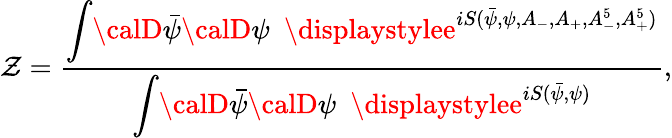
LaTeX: \mathcal{Z}=\frac{{{\displaystyle\int}{\calD}{\bar{{\psi}}}{\calD}\psi\, \, \, {\displaystylee}^{iS({\bar{{\psi}}},\psi,A_{-},A_{+},A_{-}^{5},A_{+}^{5})}}}{{{\displaystyle\int}{\calD}{\bar{{\psi}}}{\calD}\psi\, \, \, {\displaystylee}^{iS({\bar{{\psi}}},\psi)}}},